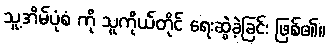
သူ့အိမ်ပုံစံ ကို သူကိုယ်တိုင် ရေးဆွဲခဲ့ခြင်း ဖြစ်၏။